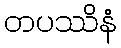
တပဿိနံ